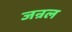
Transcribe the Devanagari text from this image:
जन्रल